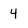
Character: 4